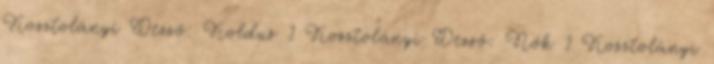
Kosztolányi Dezső: Koldus 1 Kosztolányi Dezső: Nők 1 Kosztolányi